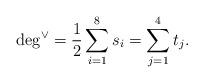
LaTeX: \begin{align*}\deg^\vee =\frac 12 \sum_{i=1}^8 s_i = \sum_{j=1}^4 t_j.\end{align*}